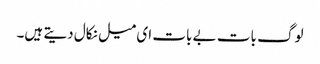
لوگ بات بے بات ای میل نکال دیتے ہیں۔